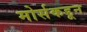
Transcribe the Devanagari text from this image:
मोर्सकडून